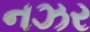
નઝર